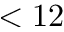
< 1 2